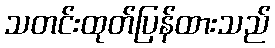
သတင်းထုတ်ပြန်ထားသည်